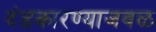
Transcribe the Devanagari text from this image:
दंडकारण्याजवळ